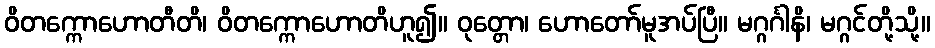
ဝိတက္ကောဟောတီတိ၊ ဝိတက္ကောဟောတိဟူ၍။ ဝုတ္တော၊ ဟောတော်မူအပ်ပြီ။ မဂ္ဂင်္ဂါနိ၊ မဂ္ဂင်တို့သို့။